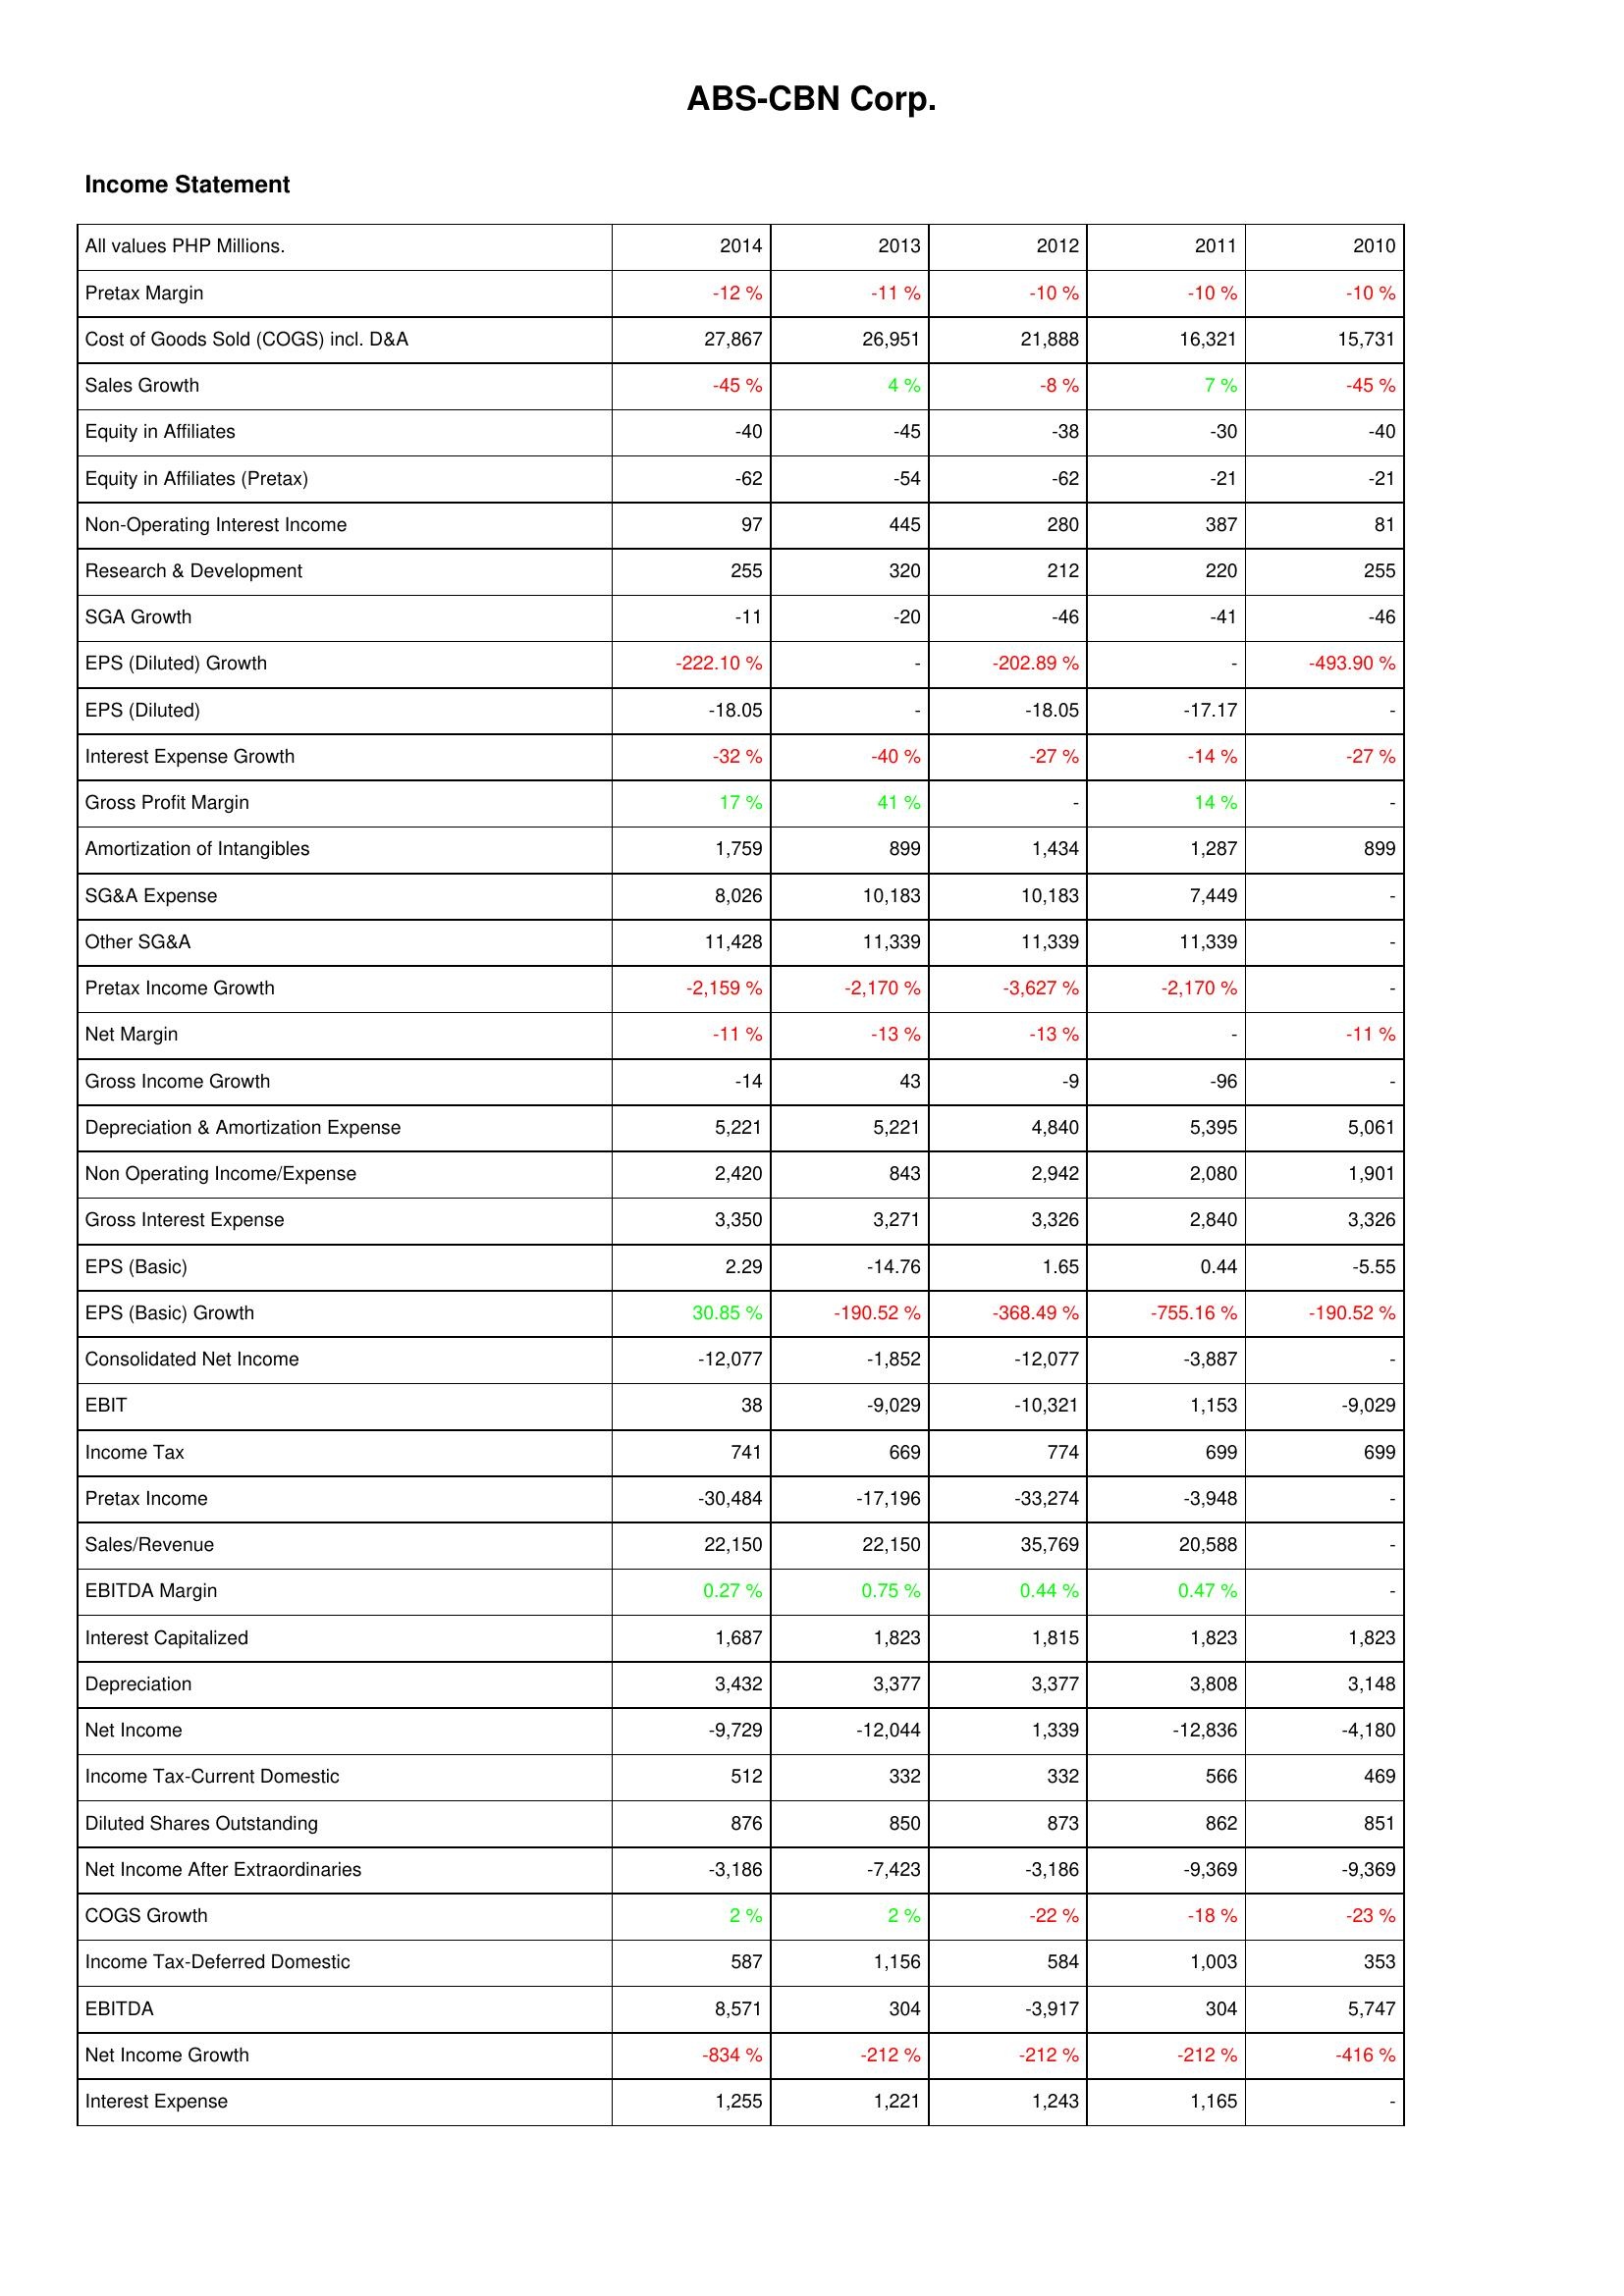
2014: Income Statement: Pretax Margin: -12 %
Cost of Goods Sold (COGS) incl. D&A: 27,867
Sales Growth: -45 %
Equity in Affiliates: -40
Equity in Affiliates (Pretax): -62
Non-Operating Interest Income: 97
Research & Development: 255
SGA Growth: -11
EPS (Diluted) Growth: -222.10 %
EPS (Diluted): -18.05
Interest Expense Growth: -32 %
Gross Profit Margin: 17 %
Amortization of Intangibles: 1,759
SG&A Expense: 8,026
Other SG&A: 11,428
Pretax Income Growth: -2,159 %
Net Margin: -11 %
Gross Income Growth: -14
Depreciation & Amortization Expense: 5,221
Non Operating Income/Expense: 2,420
Gross Interest Expense: 3,350
EPS (Basic): 2.29
EPS (Basic) Growth: 30.85 %
Consolidated Net Income: -12,077
EBIT: 38
Income Tax: 741
Pretax Income: -30,484
Sales/Revenue: 22,150
EBITDA Margin: 0.27 %
Interest Capitalized: 1,687
Depreciation: 3,432
Net Income: -9,729
Income Tax-Current Domestic: 512
Diluted Shares Outstanding: 876
Net Income After Extraordinaries: -3,186
COGS Growth: 2 %
Income Tax-Deferred Domestic: 587
EBITDA: 8,571
Net Income Growth: -834 %
Interest Expense: 1,255
2013: Income Statement: Pretax Margin: -11 %
Cost of Goods Sold (COGS) incl. D&A: 26,951
Sales Growth: 4 %
Equity in Affiliates: -45
Equity in Affiliates (Pretax): -54
Non-Operating Interest Income: 445
Research & Development: 320
SGA Growth: -20
EPS (Diluted) Growth: -
EPS (Diluted): -
Interest Expense Growth: -40 %
Gross Profit Margin: 41 %
Amortization of Intangibles: 899
SG&A Expense: 10,183
Other SG&A: 11,339
Pretax Income Growth: -2,170 %
Net Margin: -13 %
Gross Income Growth: 43
Depreciation & Amortization Expense: 5,221
Non Operating Income/Expense: 843
Gross Interest Expense: 3,271
EPS (Basic): -14.76
EPS (Basic) Growth: -190.52 %
Consolidated Net Income: -1,852
EBIT: -9,029
Income Tax: 669
Pretax Income: -17,196
Sales/Revenue: 22,150
EBITDA Margin: 0.75 %
Interest Capitalized: 1,823
Depreciation: 3,377
Net Income: -12,044
Income Tax-Current Domestic: 332
Diluted Shares Outstanding: 850
Net Income After Extraordinaries: -7,423
COGS Growth: 2 %
Income Tax-Deferred Domestic: 1,156
EBITDA: 304
Net Income Growth: -212 %
Interest Expense: 1,221
2012: Income Statement: Pretax Margin: -10 %
Cost of Goods Sold (COGS) incl. D&A: 21,888
Sales Growth: -8 %
Equity in Affiliates: -38
Equity in Affiliates (Pretax): -62
Non-Operating Interest Income: 280
Research & Development: 212
SGA Growth: -46
EPS (Diluted) Growth: -202.89 %
EPS (Diluted): -18.05
Interest Expense Growth: -27 %
Gross Profit Margin: -
Amortization of Intangibles: 1,434
SG&A Expense: 10,183
Other SG&A: 11,339
Pretax Income Growth: -3,627 %
Net Margin: -13 %
Gross Income Growth: -9
Depreciation & Amortization Expense: 4,840
Non Operating Income/Expense: 2,942
Gross Interest Expense: 3,326
EPS (Basic): 1.65
EPS (Basic) Growth: -368.49 %
Consolidated Net Income: -12,077
EBIT: -10,321
Income Tax: 774
Pretax Income: -33,274
Sales/Revenue: 35,769
EBITDA Margin: 0.44 %
Interest Capitalized: 1,815
Depreciation: 3,377
Net Income: 1,339
Income Tax-Current Domestic: 332
Diluted Shares Outstanding: 873
Net Income After Extraordinaries: -3,186
COGS Growth: -22 %
Income Tax-Deferred Domestic: 584
EBITDA: -3,917
Net Income Growth: -212 %
Interest Expense: 1,243
2011: Income Statement: Pretax Margin: -10 %
Cost of Goods Sold (COGS) incl. D&A: 16,321
Sales Growth: 7 %
Equity in Affiliates: -30
Equity in Affiliates (Pretax): -21
Non-Operating Interest Income: 387
Research & Development: 220
SGA Growth: -41
EPS (Diluted) Growth: -
EPS (Diluted): -17.17
Interest Expense Growth: -14 %
Gross Profit Margin: 14 %
Amortization of Intangibles: 1,287
SG&A Expense: 7,449
Other SG&A: 11,339
Pretax Income Growth: -2,170 %
Net Margin: -
Gross Income Growth: -96
Depreciation & Amortization Expense: 5,395
Non Operating Income/Expense: 2,080
Gross Interest Expense: 2,840
EPS (Basic): 0.44
EPS (Basic) Growth: -755.16 %
Consolidated Net Income: -3,887
EBIT: 1,153
Income Tax: 699
Pretax Income: -3,948
Sales/Revenue: 20,588
EBITDA Margin: 0.47 %
Interest Capitalized: 1,823
Depreciation: 3,808
Net Income: -12,836
Income Tax-Current Domestic: 566
Diluted Shares Outstanding: 862
Net Income After Extraordinaries: -9,369
COGS Growth: -18 %
Income Tax-Deferred Domestic: 1,003
EBITDA: 304
Net Income Growth: -212 %
Interest Expense: 1,165
2010: Income Statement: Pretax Margin: -10 %
Cost of Goods Sold (COGS) incl. D&A: 15,731
Sales Growth: -45 %
Equity in Affiliates: -40
Equity in Affiliates (Pretax): -21
Non-Operating Interest Income: 81
Research & Development: 255
SGA Growth: -46
EPS (Diluted) Growth: -493.90 %
EPS (Diluted): -
Interest Expense Growth: -27 %
Gross Profit Margin: -
Amortization of Intangibles: 899
SG&A Expense: -
Other SG&A: -
Pretax Income Growth: -
Net Margin: -11 %
Gross Income Growth: -
Depreciation & Amortization Expense: 5,061
Non Operating Income/Expense: 1,901
Gross Interest Expense: 3,326
EPS (Basic): -5.55
EPS (Basic) Growth: -190.52 %
Consolidated Net Income: -
EBIT: -9,029
Income Tax: 699
Pretax Income: -
Sales/Revenue: -
EBITDA Margin: -
Interest Capitalized: 1,823
Depreciation: 3,148
Net Income: -4,180
Income Tax-Current Domestic: 469
Diluted Shares Outstanding: 851
Net Income After Extraordinaries: -9,369
COGS Growth: -23 %
Income Tax-Deferred Domestic: 353
EBITDA: 5,747
Net Income Growth: -416 %
Interest Expense: -